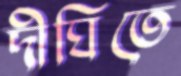
দীঘিতে